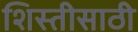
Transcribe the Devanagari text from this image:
शिस्तीसाठी